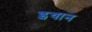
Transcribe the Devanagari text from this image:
इथान